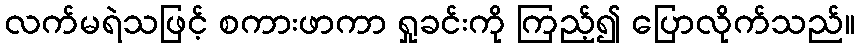
လက်မရဲသဖြင့် စကားဖာကာ ရှုခင်းကို ကြည့်၍ ပြောလိုက်သည်။